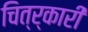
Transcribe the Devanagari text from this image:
चित्र्कारी